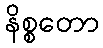
နိစ္စတော